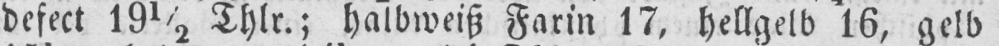
defect 19½ Thlr.; halbweiß Farin 17, hellgelb 16, gelb